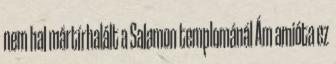
nem hal mártírhalált a Salamon templománál Ám amióta ez